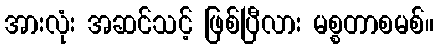
အားလုံး အဆင်သင့် ဖြစ်ပြီလား မစ္စတာစမစ်။